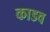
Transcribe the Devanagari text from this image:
काडव